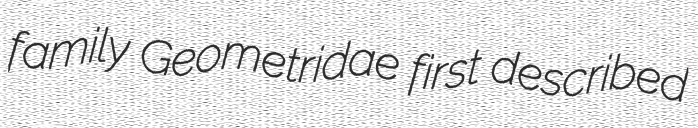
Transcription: family Geometridae first described